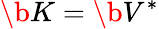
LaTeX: \b{K}=\b{V}^{*}